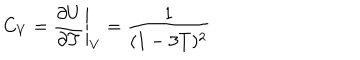
C _ { V } = \left. \frac { \partial U } { \partial T } \right| _ { V } = \frac { 1 } { ( 1 - 3 T ) ^ { 2 } }